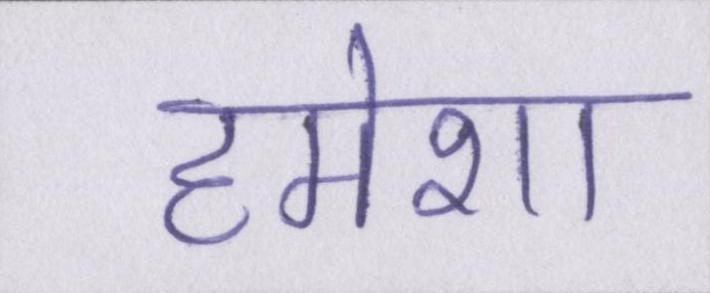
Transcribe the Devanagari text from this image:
हमेशा